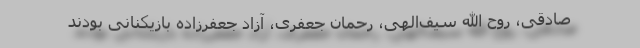
صادقی، روح الله سیف‌الهی، رحمان جعفری، آزاد جعفرزاده بازیکنانی بودند